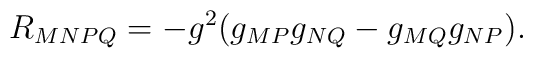
R_{MNPQ} = - g^2(g_{MP}g_{NQ}-g_{MQ}g_{NP}).